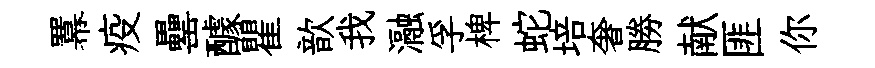
羃疫罍醵瞿歆我瀜孚椑蛇培奢勝献匪你